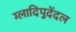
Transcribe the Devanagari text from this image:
ग्लादिपुदेंदल